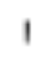
,